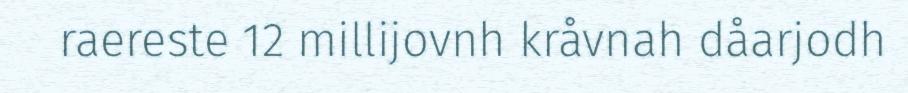
raereste 12 millijovnh kråvnah dåarjodh